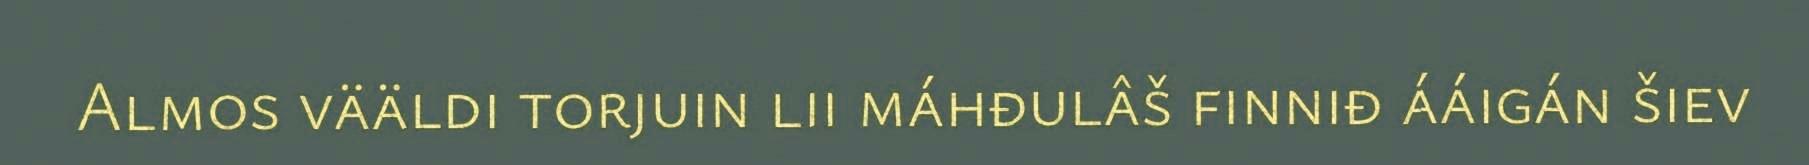
Almos vääldi torjuin lii máhđulâš finniđ ááigán šiev